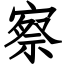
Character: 察